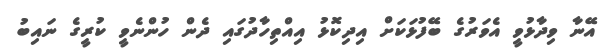
އޭނާ ވިދާޅުވީ އެވަރުގެ ބޭފުޅަކަށް އިދިކޮޅު އިއްތިހާދުގައި ދެން ހުންނެވީ ކުރީގެ ނައިބު